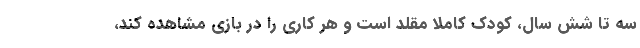
سه تا شش سال، کودک کاملاً مقلد است و هر کاری را در بازی مشاهده کند،